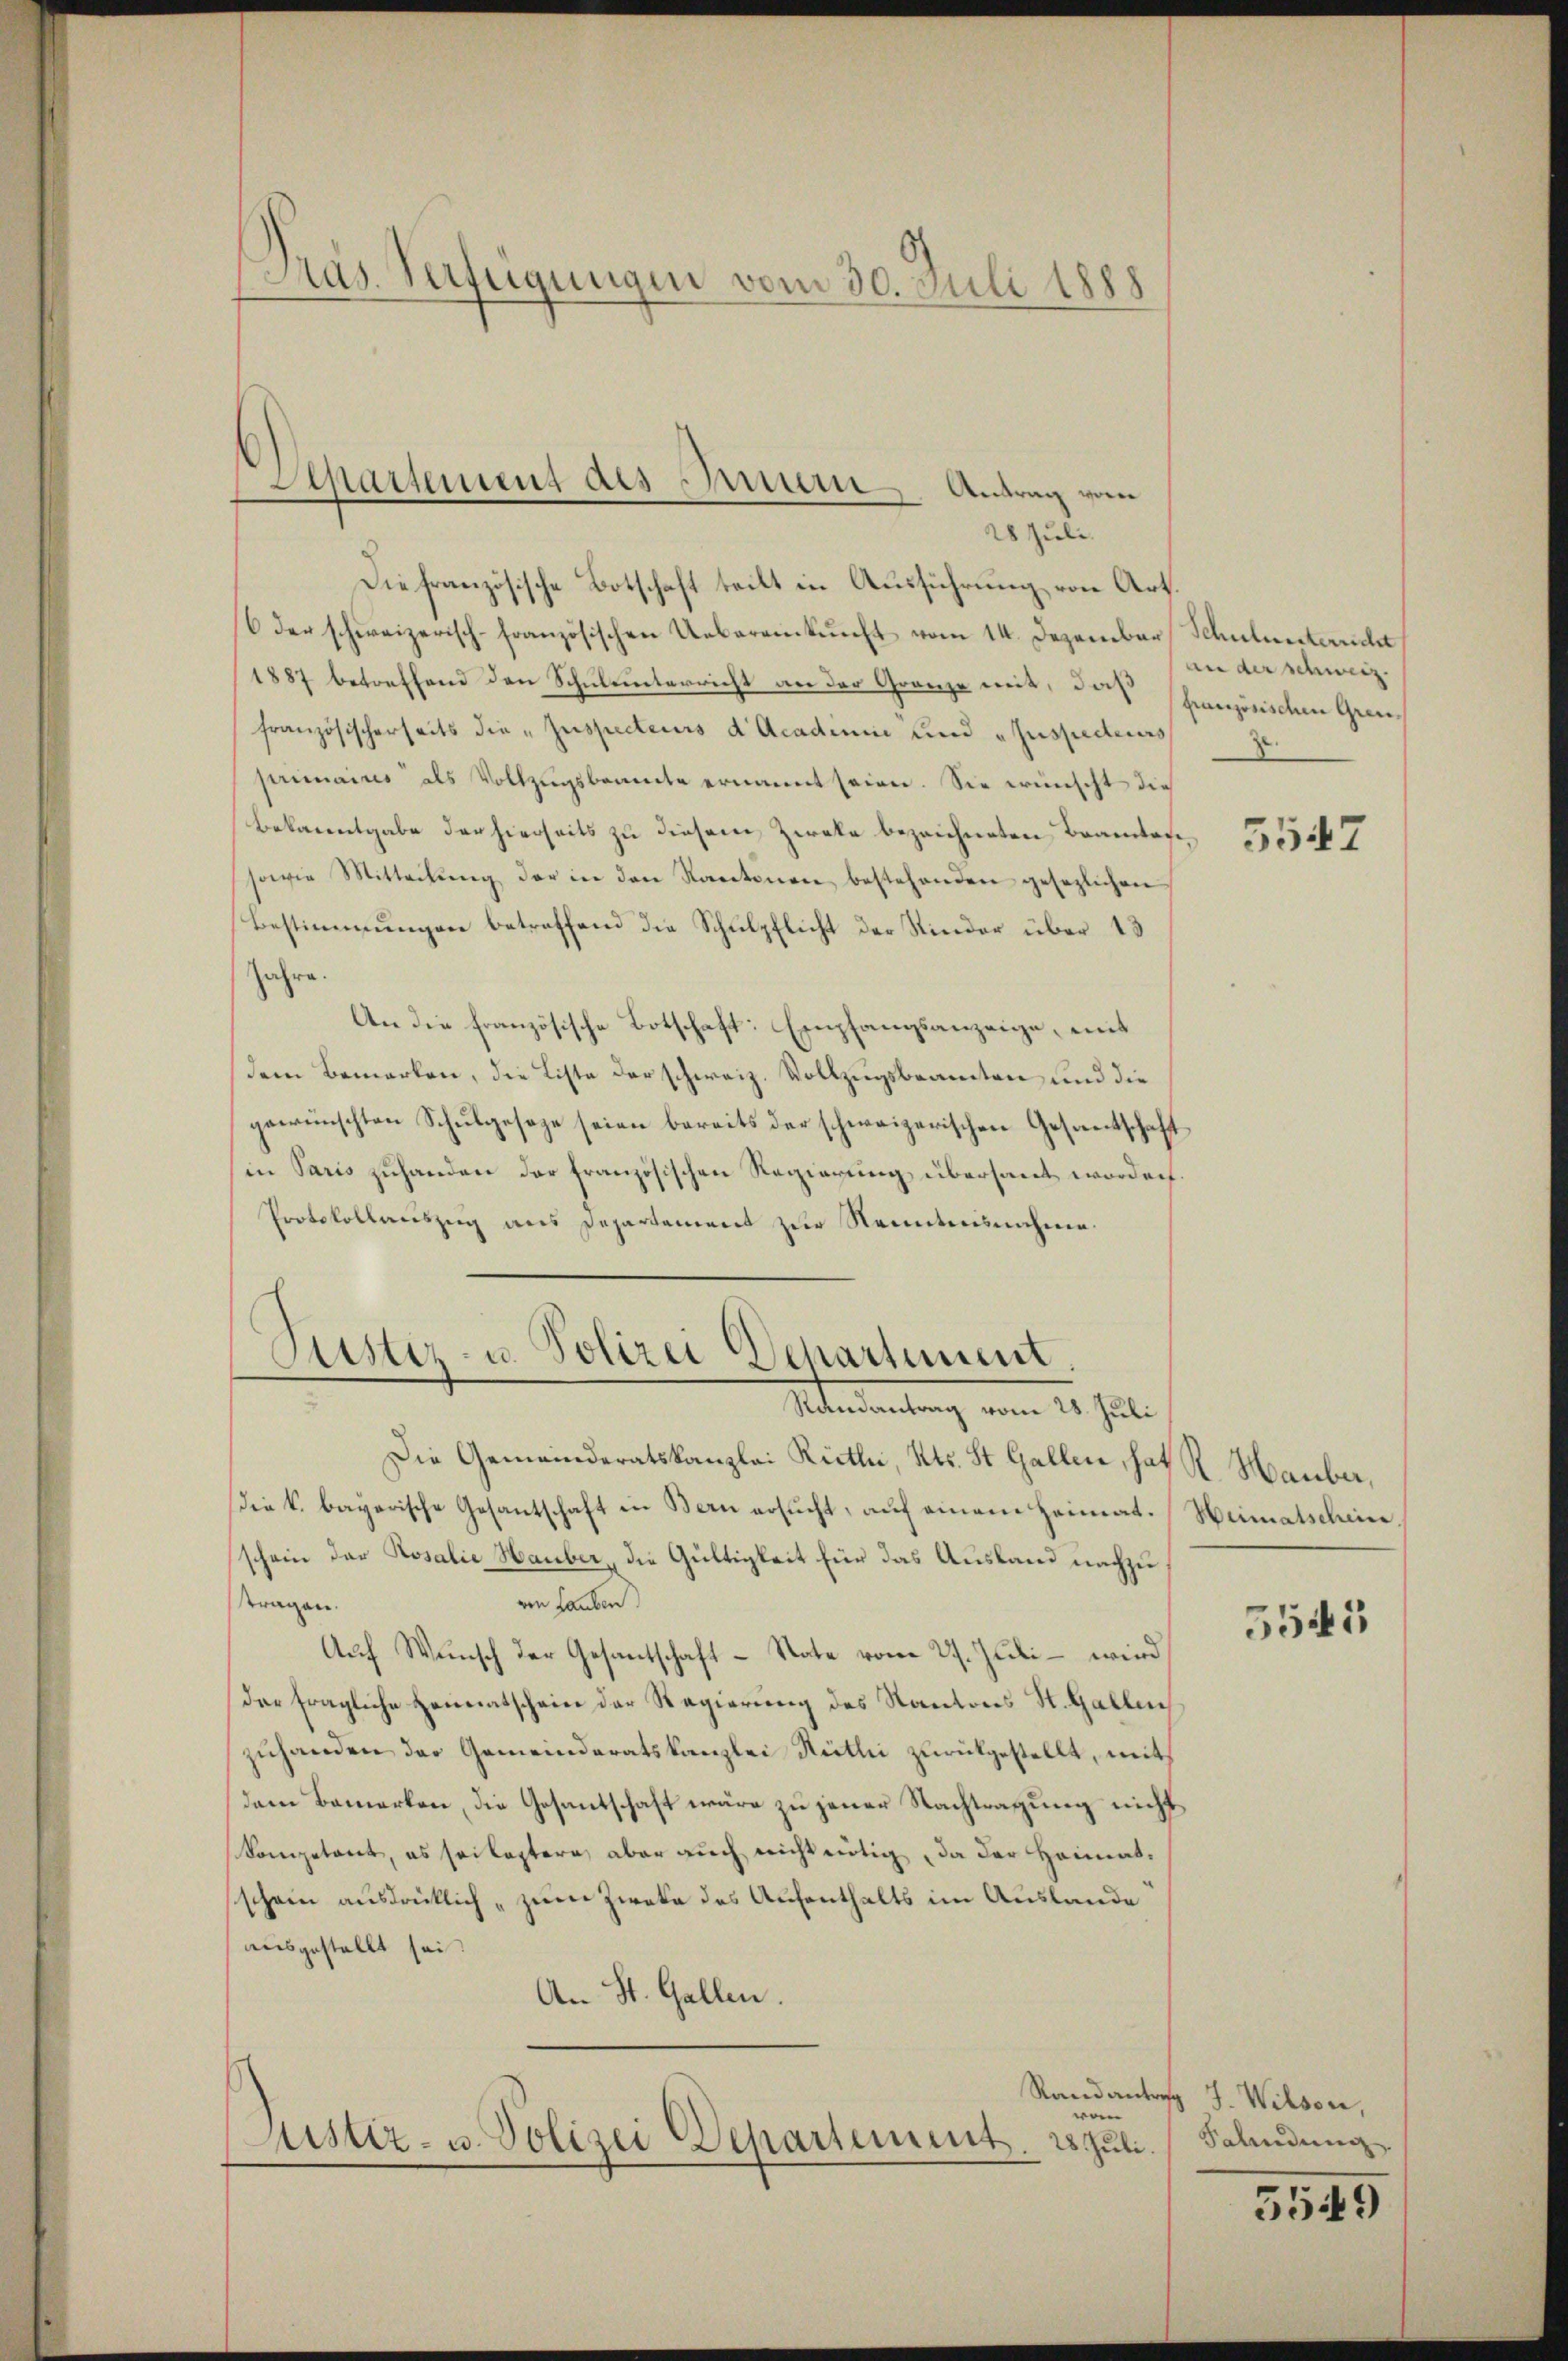
Pras. Verfügungen vom 30. Juli 1888

Departement des Innern, Antrag vom
28 Juli.

Die französische Botschaft teilt in Ausführung von Art.
6 der schweizerisch-französischen Uebereinkunft vom 14. Dezember Schulunterricht
1887 betreffend den Schulunterricht an der Granze mit, daß französischen Grenfranzösischerseits die Inspecteurs d. Acadium und Inspecteurs
primaires als Vollzugsbeamte ernannt seien. Sie wünscht die
Bekanntgabe der hierseits zu diesem Zweke bezeichneten Beamtese¬
sowie Mitteilŭng der in den Kantonen bestehenden gesezlichen
Bestimmungen betreffend die Schulpflicht der Kinder über 13
Jahr
An die französische Botschaft: Empfangsanzeige, mit
dem Bemerken, die Liste der schweiz. Vollzugsbeamten und die
gewünschten Schŭlgeseze seien bereits der schweizerischen Gesandtschaft
in Paris zuhanden der französischen Regierung übersaut worden.
Protokollauszug aus Departement zur Nenntnisnahme.

Justiz- u. Polizei Departement.
Randantrag vom 28. Juli

Die Gemeinderatskanzlei Rieth, Kts. St. Gallen, hat R. Hauber,
Die k. bayerische Gesantschaft in Bern ersucht, auf einem Heimat. Heimatschein,
schein der Rosalie Hauber, die Gültigkeit für das Ausland nachzuvon Lauben
tragen.
Auch Wunsch der Gesantschaft - Nate vom 27. Juli – wird
Der fragliche Heimatschein der Regierung des Kantons St. Gallen
zuhanden der Gemeinderatskanzlei Reitli zurückgestellt, mit
dem Bemerken, die Gesantschaft wäre zu jener Nachtragung nicht
Kompetent, es sei leztern, aber auch nicht nötig, da der Heimatschein ausdrücklich zum Zweke des Aufenthalts im Auslande
ausgestellt sei.
An St. Gallen.
Randantrag J. Wilson,
wo
Justiz- u. Polizei Departement. 28. Juli.

an der schweiz.
2

5547

5545

Salindung

5549